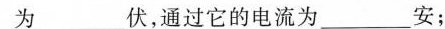
为___伏，通过它的电流为___安；